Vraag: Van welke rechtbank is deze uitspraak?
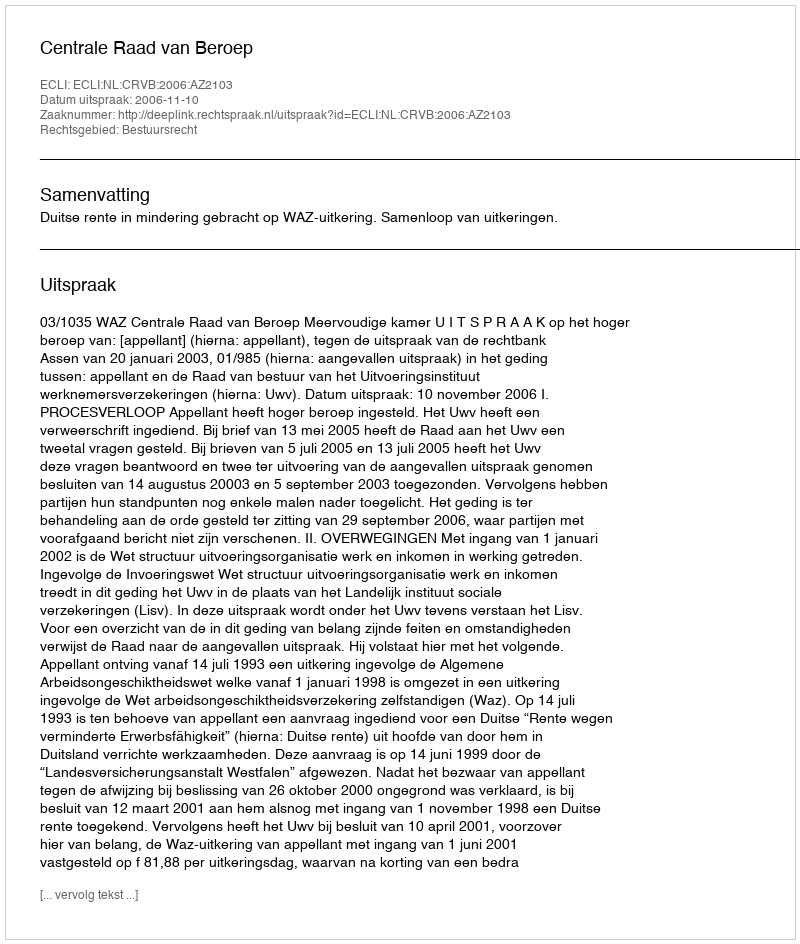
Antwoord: Centrale Raad van Beroep